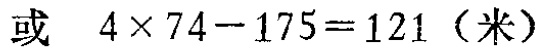
或 \(4\times74 - 175 = 121\)（米）